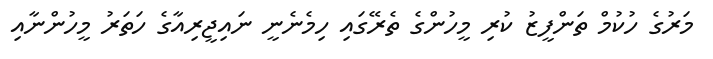
މަރުގެ ހުކުމް ތަންފީޒު ކުރި މީހުންގެ ތެރޭގައި ހިމެނެނީ ނައިޖީރިއާގެ ހަތަރު މީހުންނާއި